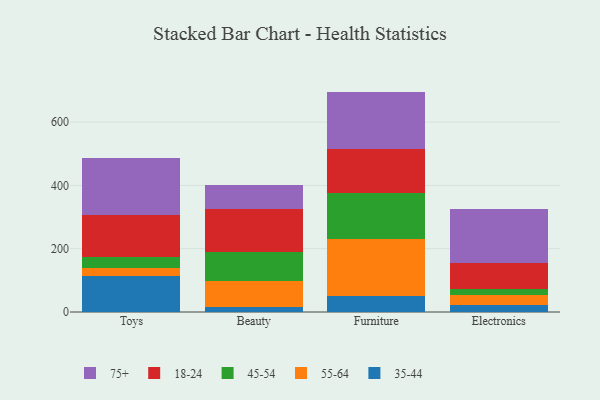
{"axis": {"x": "Category", "y": "Gross Profit (USD K)"}, "legend": ["18-24", "35-44", "45-54", "55-64", "75+"], "data": [{"x": "Toys", "y": 114.8, "type": "35-44"}, {"x": "Toys", "y": 23.7, "type": "55-64"}, {"x": "Toys", "y": 36.6, "type": "45-54"}, {"x": "Toys", "y": 132.7, "type": "18-24"}, {"x": "Toys", "y": 179.2, "type": "75+"}, {"x": "Beauty", "y": 14.9, "type": "35-44"}, {"x": "Beauty", "y": 81.9, "type": "55-64"}, {"x": "Beauty", "y": 91.7, "type": "45-54"}, {"x": "Beauty", "y": 136.7, "type": "18-24"}, {"x": "Beauty", "y": 76.8, "type": "75+"}, {"x": "Furniture", "y": 51.1, "type": "35-44"}, {"x": "Furniture", "y": 179.3, "type": "55-64"}, {"x": "Furniture", "y": 144.6, "type": "45-54"}, {"x": "Furniture", "y": 141.6, "type": "18-24"}, {"x": "Furniture", "y": 179.9, "type": "75+"}, {"x": "Electronics", "y": 22.5, "type": "35-44"}, {"x": "Electronics", "y": 32.6, "type": "55-64"}, {"x": "Electronics", "y": 16.5, "type": "45-54"}, {"x": "Electronics", "y": 84.3, "type": "18-24"}, {"x": "Electronics", "y": 169.1, "type": "75+"}]}